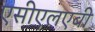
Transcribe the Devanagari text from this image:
एसीएलएबी